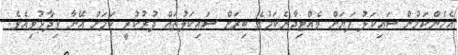
އެހެންކަމުން ސައިކަލު ފަޔަށް ވެއްޓިދާނެކަމުގެ ބިރަށް ސައިކަލުތައް ދުރުކުރީ ކަމަށް އޭނާ ވިދާޅުވިއެވެ.